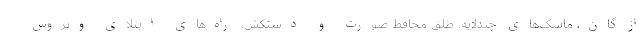
از گان، ماسک‌های چندلایه، طلق محافظ صورت و دستکش، راه‌های ابتلای ویروس